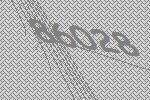
86028